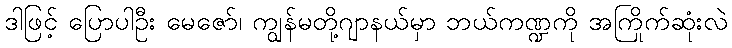
ဒါဖြင့် ပြောပါဦး မေဇော်၊ ကျွန်မတို့ဂျာနယ်မှာ ဘယ်ကဏ္ဍကို အကြိုက်ဆုံးလဲ